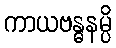
ကာယဗန္ဓနမ္ပိ